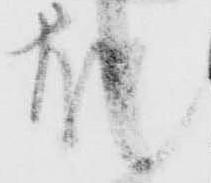
故